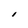
Character: I